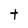
Character: t